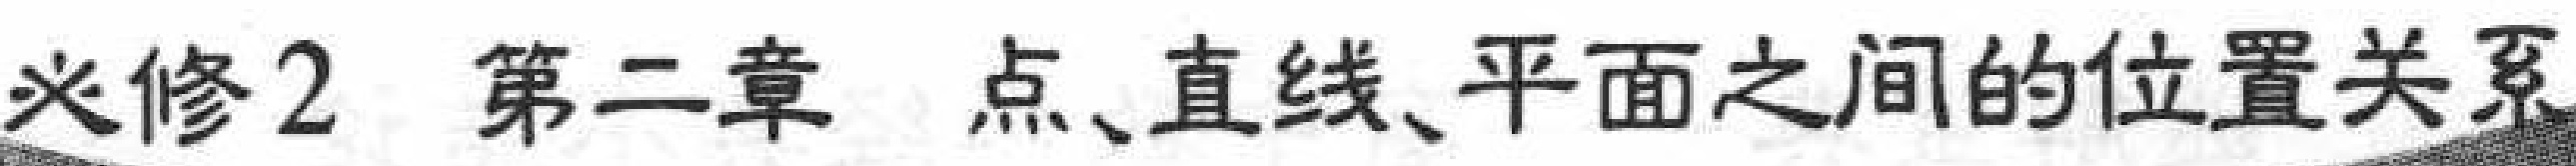
必修2 第二章 点、直线、平面之间的位置关